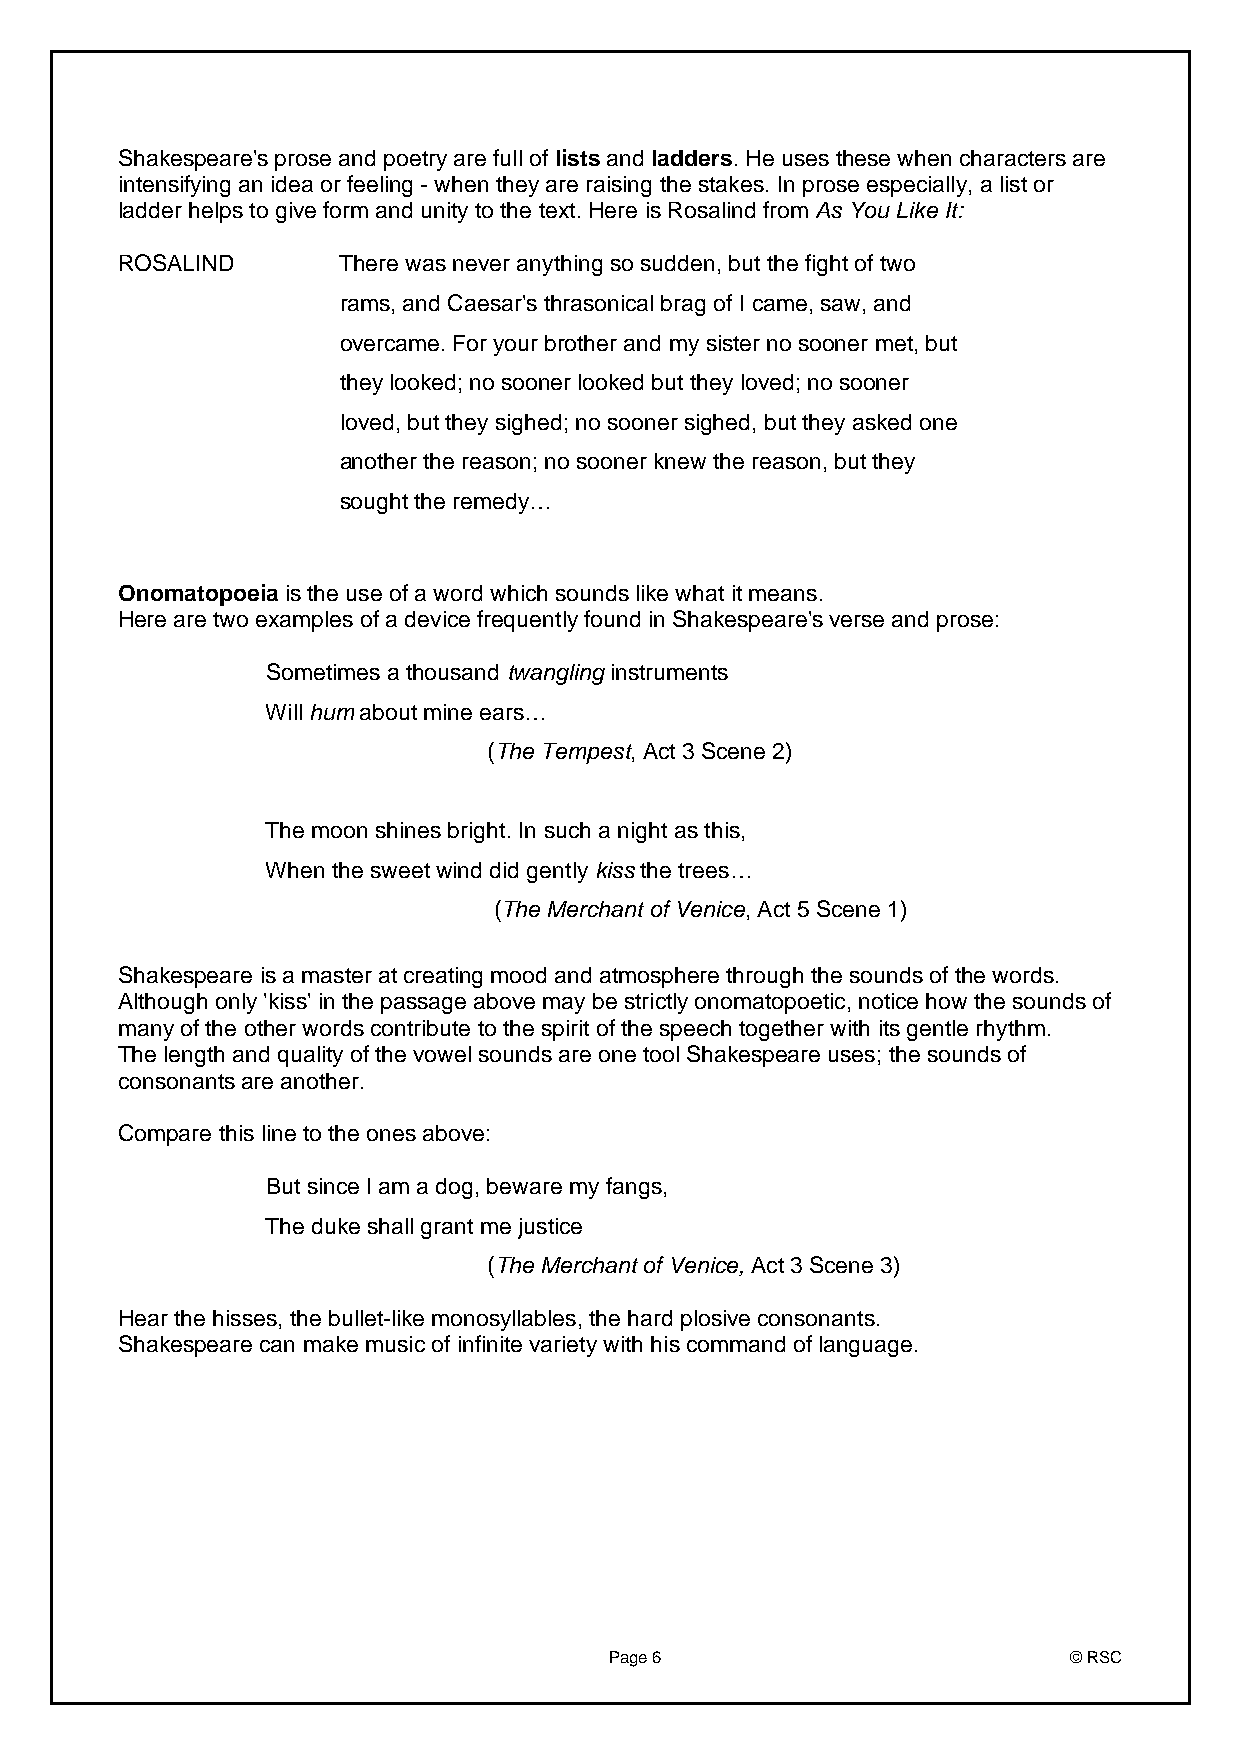
Shakespeare's prose and poetry are full of lists and ladders. He uses these when characters are
 intensifying an idea or feeling - when they are raising the stakes. In prose especially, a list or
 ladder helps to give form and unity to the text. Here is Rosalind from As You Like It:
 ROSALIND      There was never anything so sudden, but the fight of two
 rams, and Caesar's thrasonical brag of I came, saw, and
 overcame. For your brother and my sister no sooner met, but
 they looked; no sooner looked but they loved; no sooner
 loved, but they sighed; no sooner sighed, but they asked one
 another the reason; no sooner knew the reason, but they
 sought the remedy…
 Onomatopoeia is the use of a word which sounds like what it means.
 Here are two examples of a device frequently found in Shakespeare's verse and prose:
 Sometimes a thousand twangling instruments
 Will hum about mine ears…
 (The Tempest, Act 3 Scene 2)
 The moon shines bright. In such a night as this,
 When the sweet wind did gently kiss the trees…
 (The Merchant of Venice, Act 5 Scene 1)
 Shakespeare is a master at creating mood and atmosphere through the sounds of the words.
 Although only 'kiss' in the passage above may be strictly onomatopoetic, notice how the sounds of
 many of the other words contribute to the spirit of the speech together with its gentle rhythm.
 The length and quality of the vowel sounds are one tool Shakespeare uses; the sounds of
 consonants are another.
 Compare this line to the ones above:
 But since I am a dog, beware my fangs,
 The duke shall grant me justice
 (The Merchant of Venice, Act 3 Scene 3)
 Hear the hisses, the bullet-like monosyllables, the hard plosive consonants.
 Shakespeare can make music of infinite variety with his command of language.
 Page 6                         © RSC